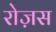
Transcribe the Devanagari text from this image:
रोज़स